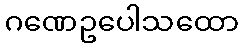
ဂဏေဥပေါသထော